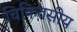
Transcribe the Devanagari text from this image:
चिकितसीय